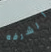
الشرفه